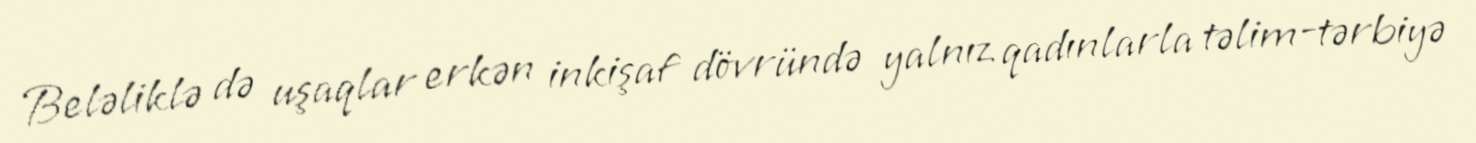
Beləliklə də uşaqlar erkən inkişaf dövründə yalnız qadınlarla təlim-tərbiyə